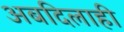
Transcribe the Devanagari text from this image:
अबदिलाही